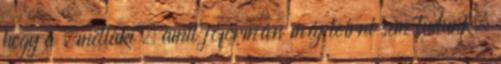
hogy a „metlaki”, amit jóformán még leírni sem tudunk,